Leaving Certificate, 1901
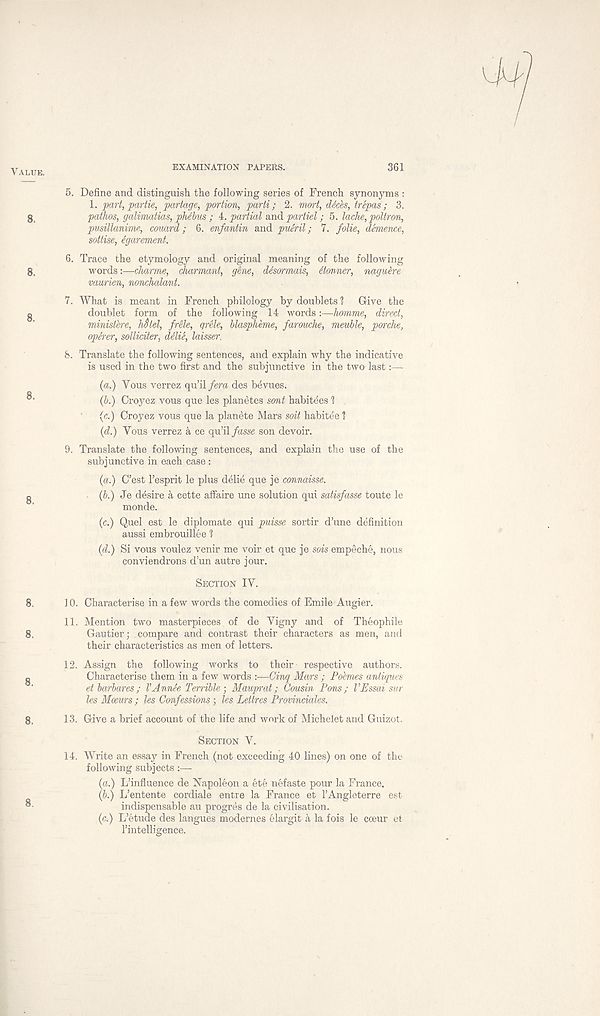
EXAMINATION PAPERS.
361
5. Define and distinguish the following series of French synonyms :
1. part, partie, partage, portion, parti; 2. mart, ddcbs, trepas; 3.
pathos, galimatias, phdbus; 4. partial and partie,l; 5. lache,poltron,
pmsillanime, couard; 6. enfantin and pueril; 7. folie, dernence,
sottise, igarement.
6. Trace the etymology and original meaning of the following
words:—charme, charmant, gine, disorm/ns, itormer, naguere
vaurien, nonchalant.
7. What is meant in French philology by doublets 1 Give the
doublet form of the following 14 words:—homme, direct,
ministere, hStel, frUe, grele, blaspheme, farouche, meuble, porche,
operer, solliciter, ddie, laisser
8. Translate the following sentences, and explain why the indicative
is used in the two first and the subjunctive in the two last:—
(a.) Yous verrez qu’il fera des bevues.
(b.) Croyez vous que les planetes sont habitees 1
(c.) Croyez vous que la planete Mars soil habitee ?
(d.) Yous verrez & ce qu’il fasse son devoir.
9. Translate the following sentences, and explain the use of the
subjunctive in each case:
{a.) C’est Fesprit le plus delie que je connaisse.
(b.) Je desire a cette affaire une solution qui satisfasse toute le
monde.
(c.) Quel est le diplomate qui puisse sortir d’une definition
aussi embrouillee ?
(d.) Si vous voulez venir me voir et que je sois empeche, nous
conviendrons d’un autre jour.
Section IV.
10. Characterise in a few words the comedies of Emile Augier.
11. Mention two masterpieces of de Vigny and of Theophile
Gautier; compare and contrast their characters as men, and
their characteristics as men of letters.
12. Assign the following works to their respective authors.
Characterise them in a few words :—Cinq Mars; Pokmes antiques
et barbares; VAnnee TerribleMauprat; Cousin Pons; VEssai sur
les Mocurs ; les Confessions ; les Lettres Provinciales.
13. Give a brief account of the life and work of Michelet and Guizot.
Section V.
14. Write an essay in French (not exceeding 40 lines) on one of the
following subjects :—
(a.) L’influence de Napoleon a ete nefaste pour la France.
(b.) L’entente cordiale entre la France et 1’Angleterre est
indispensable au progres de la civilisation.
(c.) L’etude des langues modernes elargit a la fois le coeur et
I’intelligence.